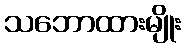
သဘောထားမျိုး